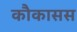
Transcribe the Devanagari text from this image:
कौकासस